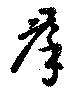
群